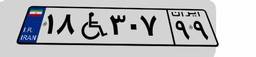
۴۲W۶۳۰۴۱